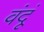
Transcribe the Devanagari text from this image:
वंदूं